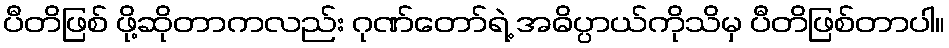
ပီတိဖြစ် ဖို့ဆိုတာကလည်း ဂုဏ်တော်ရဲ့ အဓိပ္ပာယ်ကိုသိမှ ပီတိဖြစ်တာပါ။